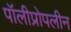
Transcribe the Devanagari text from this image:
पॉलीप्रोपलीन